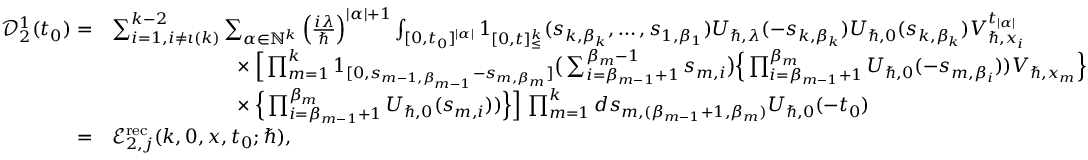
\begin{array} { r l } { \mathcal { D } _ { 2 } ^ { 1 } ( t _ { 0 } ) = } & { \sum _ { i = 1 , i \neq \iota ( k ) } ^ { k - 2 } \sum _ { \alpha \in \mathbb { N } ^ { k } } \left( \frac { i \lambda } { \hbar } \right) ^ { | \alpha | + 1 } \int _ { [ 0 , t _ { 0 } ] ^ { | \alpha | } } \boldsymbol { 1 } _ { [ 0 , t ] _ { \leq } ^ { k } } ( s _ { k , \beta _ { k } } , \dots , s _ { 1 , \beta _ { 1 } } ) U _ { \hbar , \lambda } ( - s _ { k , \beta _ { k } } ) U _ { \hbar , 0 } ( s _ { k , \beta _ { k } } ) V _ { \hbar , x _ { i } } ^ { t _ { | \alpha | } } } \\ & { \phantom { \sum _ { \alpha \in \mathbb { N } ^ { k _ { 0 } } \times \{ 1 \} } } \times \Big [ \prod _ { m = 1 } ^ { k } \boldsymbol { 1 } _ { [ 0 , s _ { m - 1 , \beta _ { m - 1 } } - s _ { m , \beta _ { m } } ] } \big ( \sum _ { i = \beta _ { m - 1 } + 1 } ^ { \beta _ { m } - 1 } s _ { m , i } \big ) \Big \{ \prod _ { i = \beta _ { m - 1 } + 1 } ^ { \beta _ { m } } U _ { \hbar , 0 } ( - s _ { m , \beta _ { i } } ) ) V _ { \hbar , x _ { m } } \Big \} } \\ & { \phantom { \sum _ { \alpha \in \mathbb { N } ^ { k _ { 0 } } \times \{ 1 \} } } \times \Big \{ \prod _ { i = \beta _ { m - 1 } + 1 } ^ { \beta _ { m } } U _ { \hbar , 0 } ( s _ { m , i } ) ) \Big \} \Big ] \, \prod _ { m = 1 } ^ { k } d \boldsymbol { s } _ { m , ( \beta _ { m - 1 } + 1 , \beta _ { m } ) } U _ { \hbar , 0 } ( - t _ { 0 } ) } \\ { = } & { \mathcal { E } _ { 2 , j } ^ { \mathrm { r e c } } ( k , 0 , \boldsymbol { x } , t _ { 0 } ; \hbar ) , } \end{array}